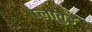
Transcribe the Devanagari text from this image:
प्लावुड